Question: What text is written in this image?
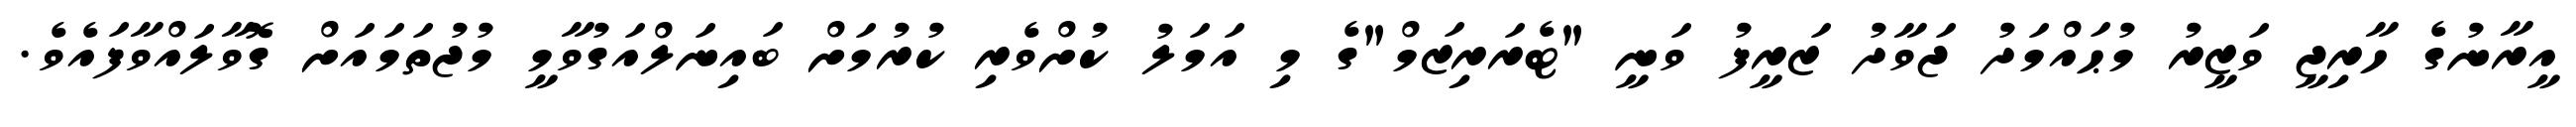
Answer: އީރާނުގެ ހާރިޖީ ވަޒީރު މުޙައްމަދު ޖަވާދު ޒަރީފު ވަނީ "ޓެރަރިޒަމް"ގެ މި އަމަލު ކުށްވެރި ކުރުމަށް ބައިނަލްއަގުވާމީ މުޖުތަމައަށް ގޮވާލައްވާފައެވެ.